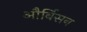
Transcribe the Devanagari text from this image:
और्बिसन